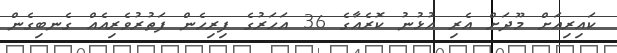
ކައިރިއަށް މޫދަށް އެރި އުޅުނު ކޮރެއާގެ 36 އަހަރުގެ ފިރިހެން ފަތުރުވެރިއެއް ގެނބިގެން